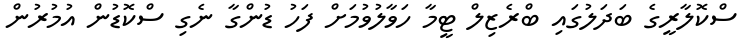
ސްކޮލާރީގެ ބަދަލުގައި ބްރެޒިލް ޓީމާ ހަވާލުވުމަށް ފަހު ޑުންގާ ނެގި ސްކޮޑުން އުމުރުން